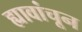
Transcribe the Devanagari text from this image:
ह्यावांचून